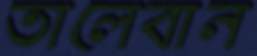
তালেবান